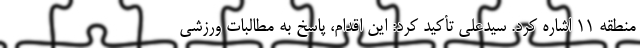
منطقه ۱۱ اشاره کرد. سیدعلی تأکید کرد: این اقدام، پاسخ به مطالبات ورزشی